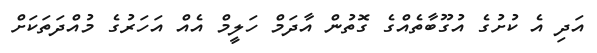
އަދި އެ ކުށުގެ އުގޫބާތެއްގެ ގޮތުން އާދަމް ހަލީމް އެއް އަހަރުގެ މުއްދަތަކަށް